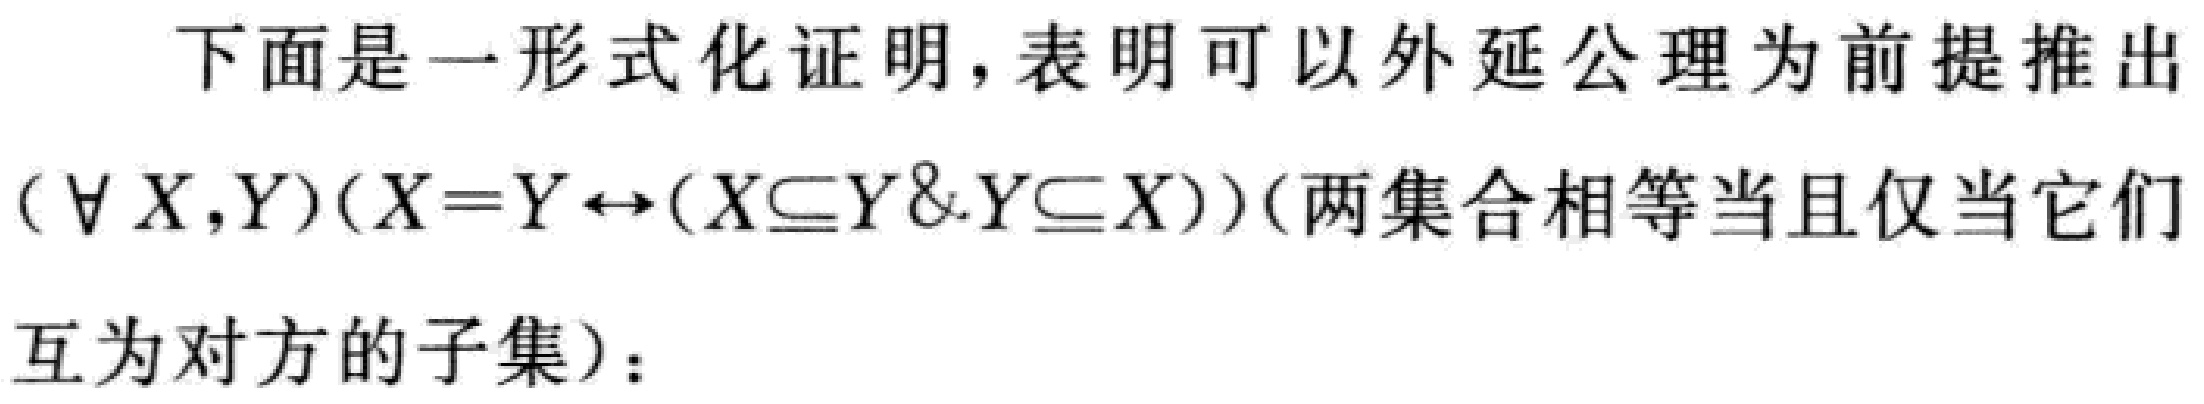
下面是一形式化证明，表明可以以外延公理为前提推出
$(\forall X,Y)(X = Y \leftrightarrow (X\subseteq Y \& Y\subseteq X))$(两集合相等当且仅当它们
互为对方的子集)：